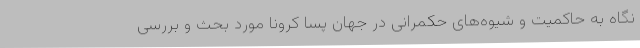
نگاه به حاکمیت و شیوه‌های حکمرانی در جهان پسا کرونا مورد بحث و بررسی